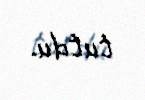
tutdu.